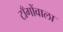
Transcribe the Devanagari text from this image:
टाँगोंवाला